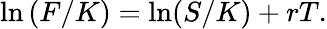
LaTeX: \ln\left(F/K\right)=\ln(S/K)+rT.